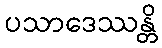
ပသာဒေဿန္တိ